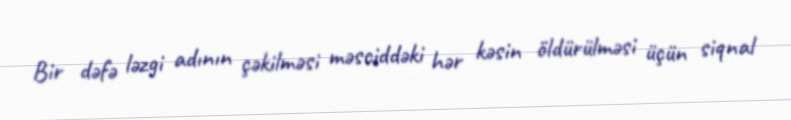
Bir dəfə ləzgi adının çəkilməsi məsciddəki hər kəsin öldürülməsi üçün siqnal